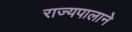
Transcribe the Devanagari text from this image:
राज्यपालाने